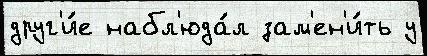
друг'и́е набл'юда́л зам'ен'и́ть у